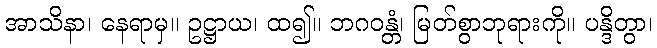
အာသိနာ၊ နေရာမှ။ ဥဋ္ဌာယ၊ ထ၍။ ဘဂဝန္တံ၊ မြတ်စွာဘုရားကို။ ပန္ဒိတွာ၊